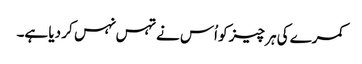
کمرے کی ہر چیز کو اُس نے تہس نہس کر دیا ہے۔